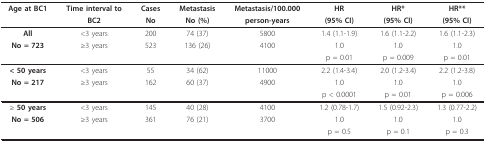
<table><thead><tr><td><b>Age at BC1</b></td><td><b>Time interval to</b></td><td><b>Cases</b></td><td><b>Metastasis</b></td><td><b>Metastasis/100.000</b></td><td><b>HR</b></td><td><b>HR*</b></td><td><b>HR**</b></td></tr><tr><td></td><td><b>BC2</b></td><td><b>No</b></td><td><b>No (%)</b></td><td><b>person-years</b></td><td><b>(95% CI)</b></td><td><b>(95% CI)</b></td><td><b>(95% CI)</b></td></tr></thead><tbody><tr><td><b>All</b></td><td>&lt;3 years</td><td>200</td><td>74 (37)</td><td>5800</td><td>1.4 (1.1-1.9)</td><td>1.6 (1.1-2.2)</td><td>1.6 (1.1-2.3)</td></tr><tr><td><b>No = 723</b></td><td>≥3 years</td><td>523</td><td>136 (26)</td><td>4100</td><td>1.0</td><td>1.0</td><td>1.0</td></tr><tr><td></td><td></td><td></td><td></td><td></td><td>p = 0.01</td><td>p = 0.009</td><td>p = 0.01</td></tr><tr><td><b>&lt; 50 years</b></td><td>&lt;3 years</td><td>55</td><td>34 (62)</td><td>11000</td><td>2.2 (1.4-3.4)</td><td>2.0 (1.2-3.4)</td><td>2.2 (1.2-3.8)</td></tr><tr><td><b>No = 217</b></td><td>≥3 years</td><td>162</td><td>60 (37)</td><td>4900</td><td>1.0</td><td>1.0</td><td>1.0</td></tr><tr><td></td><td></td><td></td><td></td><td></td><td>p &lt; 0.0001</td><td>p = 0.01</td><td>p = 0.006</td></tr><tr><td>≥ <b>50 years</b></td><td>&lt;3 years</td><td>145</td><td>40 (28)</td><td>4100</td><td>1.2 (0.78-1.7)</td><td>1.5 (0.92-2.3)</td><td>1.3 (0.77-2.2)</td></tr><tr><td><b>No = 506</b></td><td>≥3 years</td><td>361</td><td>76 (21)</td><td>3700</td><td>1.0</td><td>1.0</td><td>1.0</td></tr><tr><td></td><td></td><td></td><td></td><td></td><td>p = 0.5</td><td>p = 0.1</td><td>p = 0.3</td></tr></tbody></table>